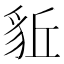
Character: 𧲰